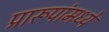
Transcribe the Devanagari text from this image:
प्रारूपांमध्ये